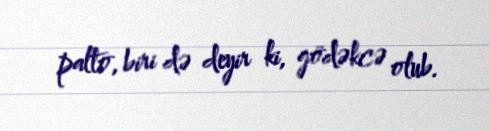
palto, biri də deyir ki, gödəkcə olub.